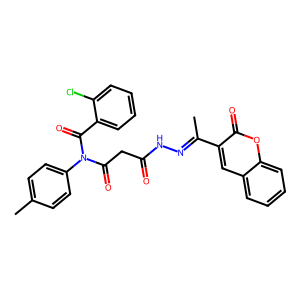
SMILES: CC(=NNC(=O)CC(=O)N(C(=O)c1ccccc1Cl)c1ccc(C)cc1)c1cc2ccccc2oc1=O
Inhibits HIV replication: No